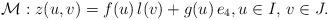
LaTeX: \begin{align*} \mathcal{M}: z(u,v) = f(u) \, l(v) + g(u)\, e_4, u \in I, \, v \in J.\end{align*}